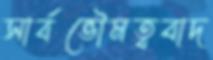
সার্বভৌমত্ববাদ